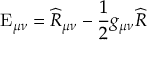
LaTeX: \mathrm { E } _ { \mu \nu } = \widehat { R } _ { \mu \nu } - \frac { 1 } { 2 } g _ { \mu \nu } \widehat { R }